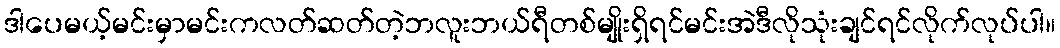
ဒါပေမယ့်မင်းမှာမင်းကလတ်ဆတ်တဲ့ဘလူးဘယ်ရီတစ်မျိုးရှိရင်မင်းအဲဒီလိုသုံးချင်ရင်လိုက်လုပ်ပါ။